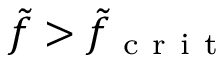
\tilde { f } > \tilde { f } _ { \mathrm { ~ c ~ r ~ i ~ t ~ } }